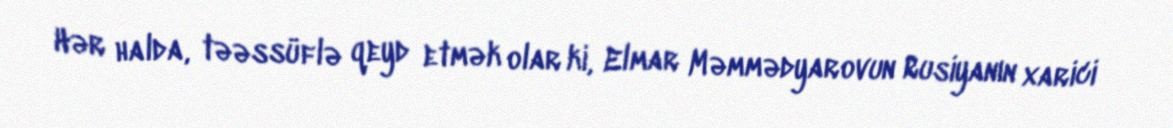
Hər halda, təəssüflə qeyd etmək olar ki, Elmar Məmmədyarovun Rusiyanın xarici